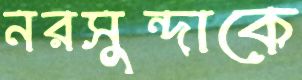
নরসুন্দাকে